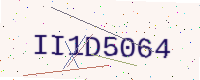
Text: II1D5064